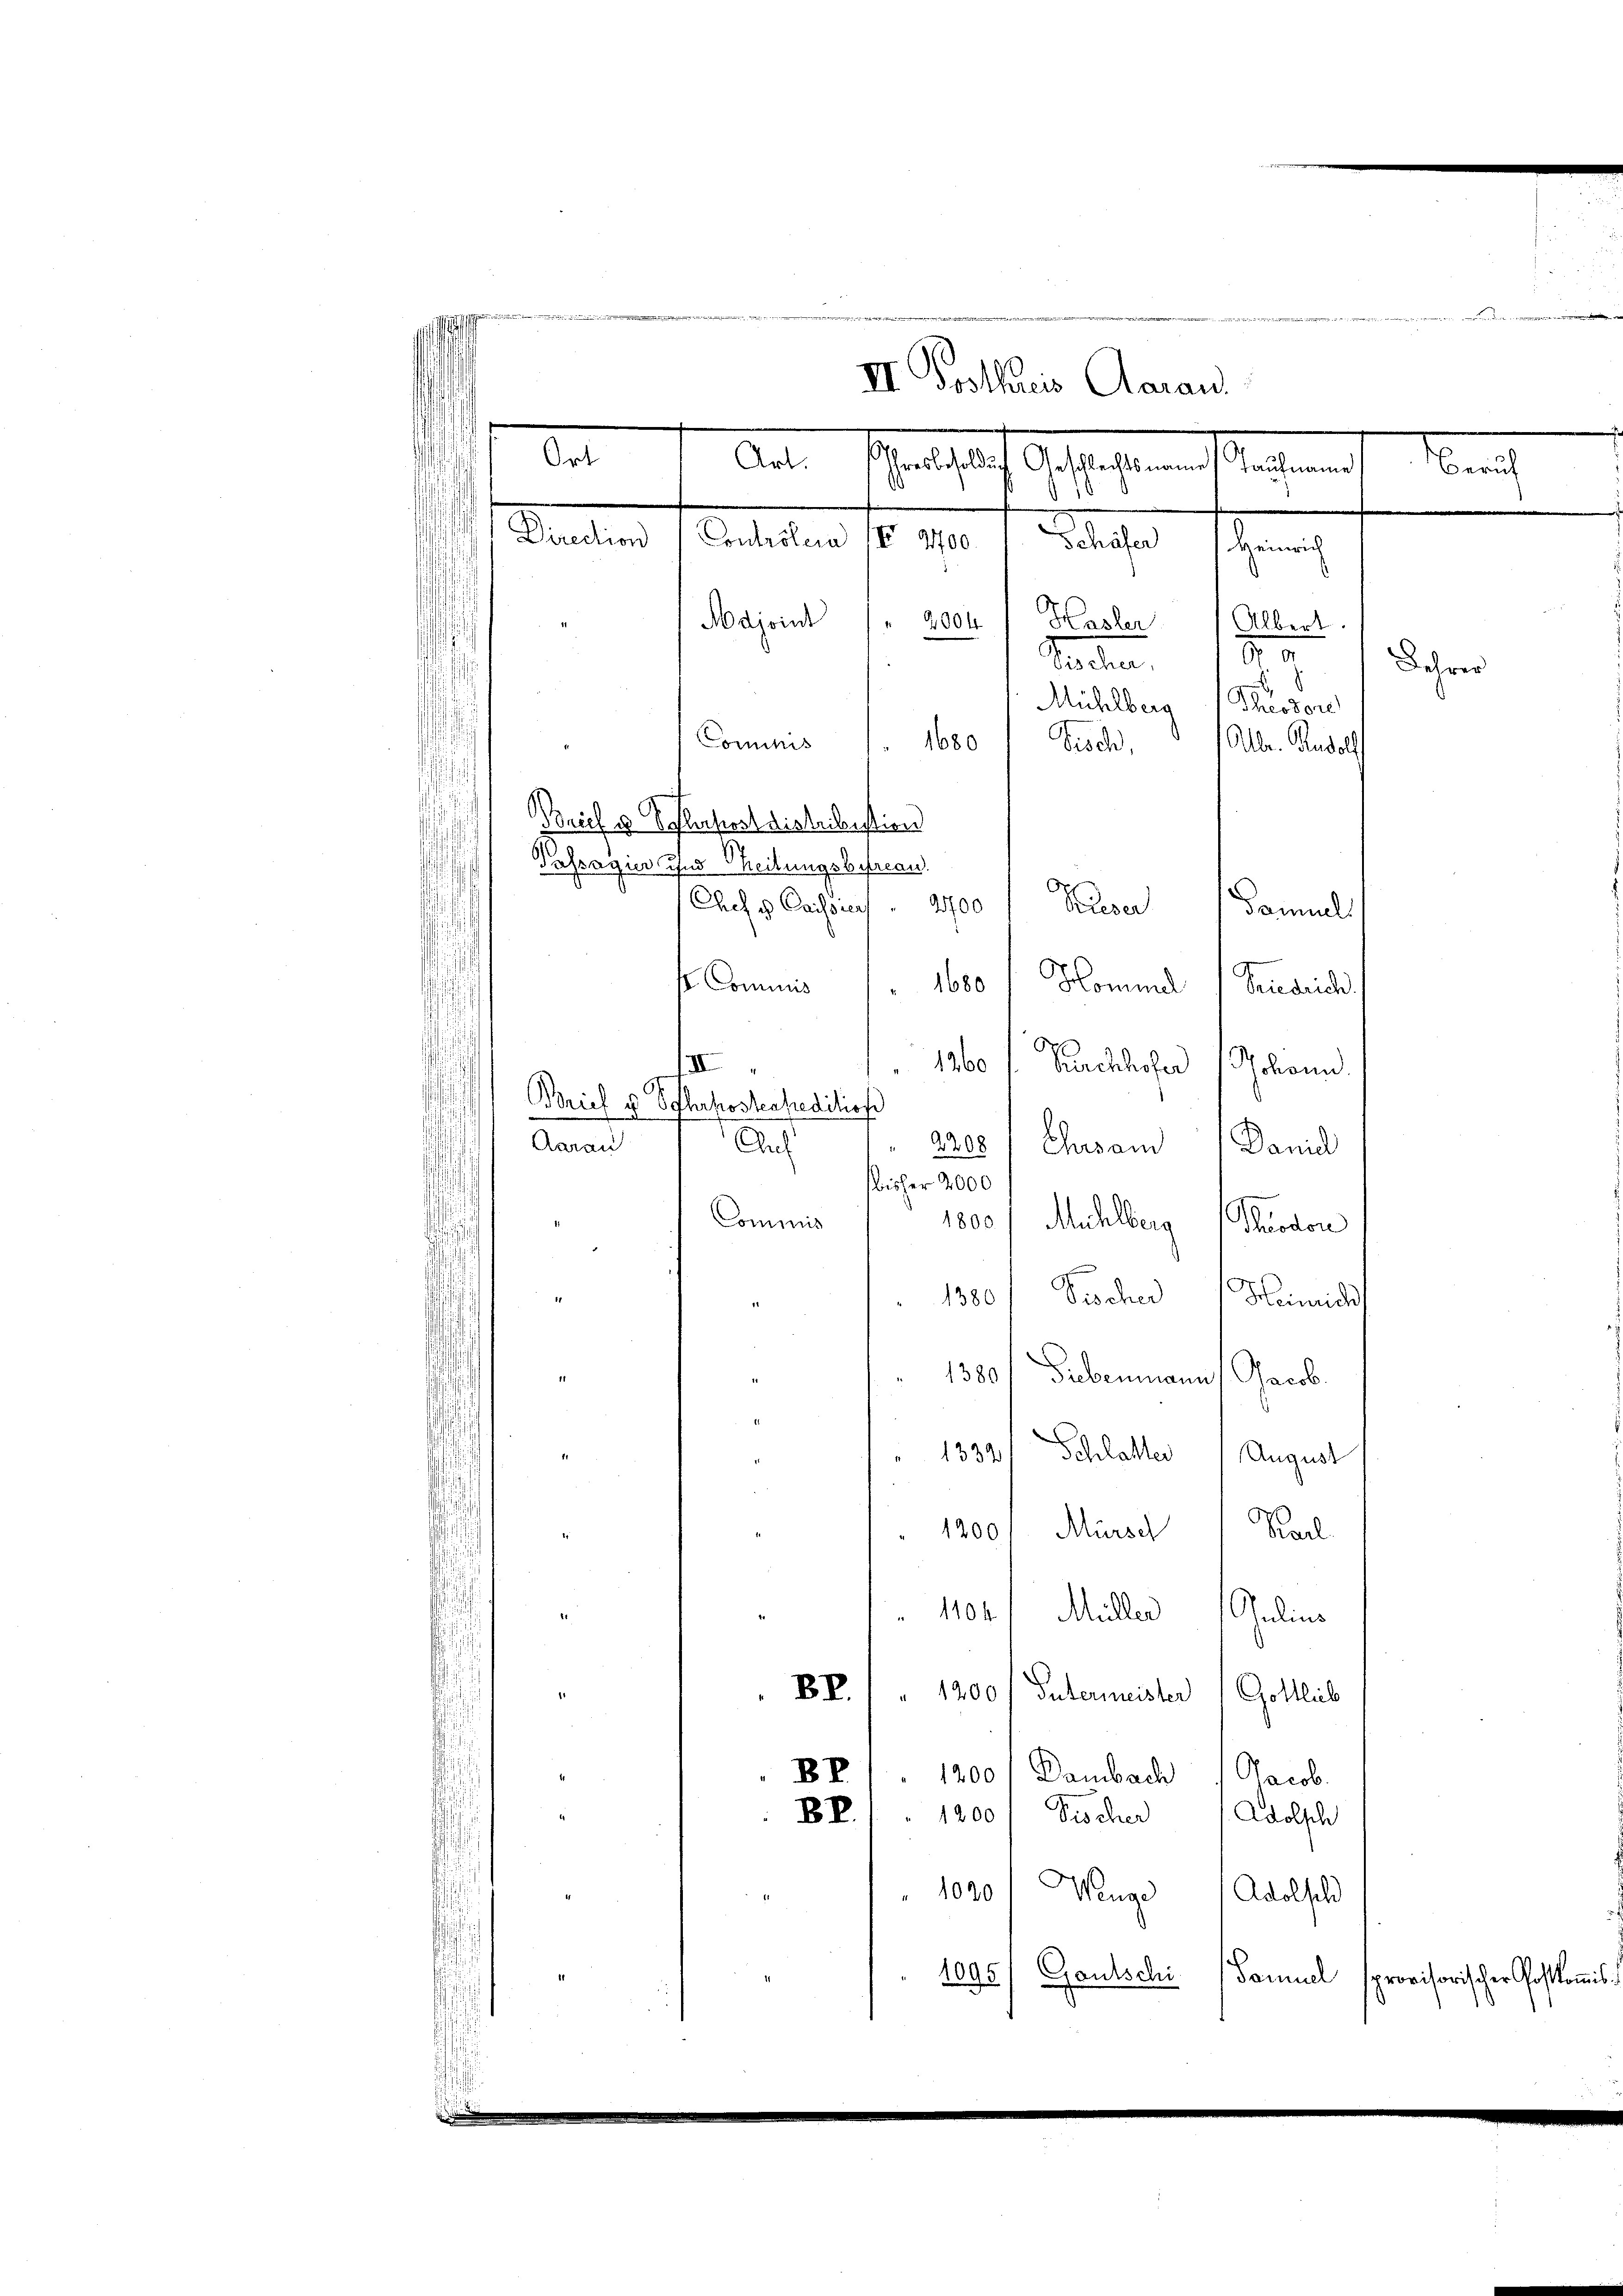
faffhausen einer von der innig vernommenderen

II. Postkreis Aarau
Fr. 1. Arten Schenschaft Auslagen und
a
Taufname
d
.
Direction
Controlera II 2700. " Schäfer 1 Heinrich
Majoint / 2004. Hasler
Albert.

salten,
Mühlberg (Theodore
Commis
1680
Bise,
Brief u. Schlafest distribution
Passagur, und Theilungsbefreau.
.
Chef u Cassrey. 2700
Kueser
Samuel
so Commis   1600 f Kommel (Friedrich
Sucklicher holenn
1260
II
9
Brief u SPhrkostenpreditios
Aarau
Auf
2208 / Ehrsam Daniel
isher 2000
Commis
1800/ Mühlberg (Thuodon
Tische
Heinrich
1380
27
1380 Grebenmann Jacob.
 1332 Schlatter August
19001 Mürsch Karl
1104. Müller Julius
BR.) " 1200 / Sutermeister Gottlich
BB
1200/Dambach Jacob.
BR . 1200) Fischer (Adolsch
1020) Wenge Adolsch
1095/ Gautschi (Samuel
provisorischer Postkommis

¬
2
Alber. Rudolf

u
e

Lehrer